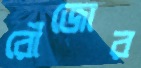
রোঁজোর